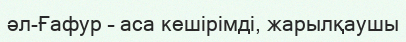
әл-Ғафур – аса кешірімді, жарылқаушы